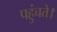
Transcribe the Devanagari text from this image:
पहुंचते।